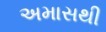
અમાસથી